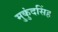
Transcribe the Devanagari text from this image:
मुकुंदसिंह